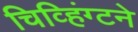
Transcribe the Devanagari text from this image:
चिव्हिंग्टने